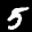
Label: 5